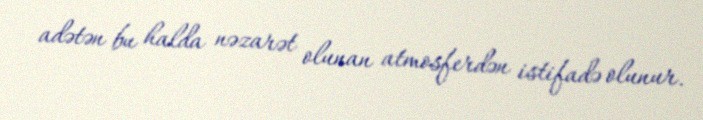
adətən bu halda nəzarət olunan atmosferdən istifadə olunur.